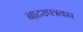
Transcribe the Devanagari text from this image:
नाट्यपत्रकार